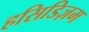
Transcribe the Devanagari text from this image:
हसिडिज़म